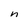
Character: n